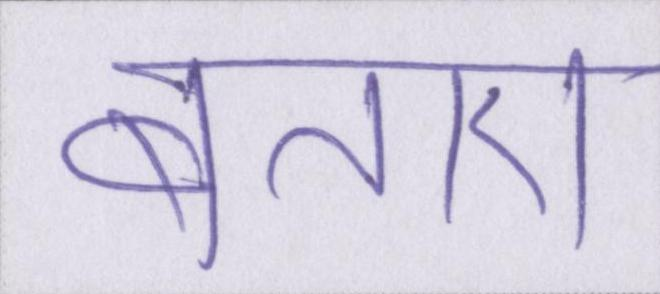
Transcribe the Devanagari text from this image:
बताए